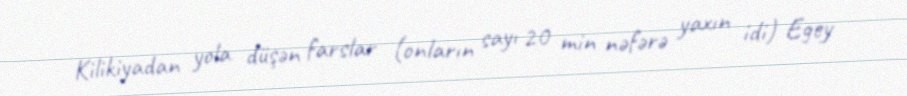
Kilikiyadan yola düşən farslar (onların sayı 20 min nəfərə yaxın idi) Egey